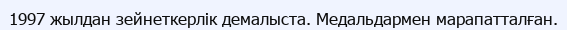
1997 жылдан зейнеткерлік демалыста. Медальдармен марапатталған.